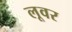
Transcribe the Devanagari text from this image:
लूवर